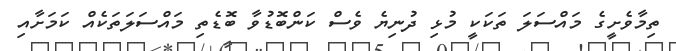
ތިމާވެށީގެ މައްސަލަ ތަކަކީ މުޅި ދުނިޔެ ވެސް ކަންބޮޑުވާ ބޮޑެތި މައްސަލަތަކެއް ކަމަށާއި